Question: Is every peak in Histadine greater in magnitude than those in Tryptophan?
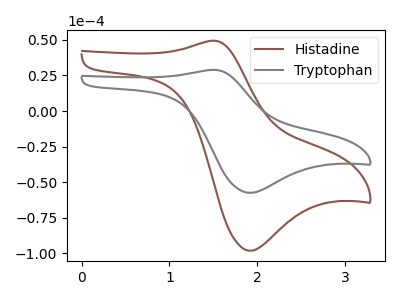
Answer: <think>The brown curve "Histadine" has an anodic peak at (1.50V, 49.40uA) and a cathodic peak at (1.90V, -98.15uA). The gray curve "Tryptophan" has an anodic peak at (1.50V, 28.90uA) and a cathodic peak at (1.90V, -57.50uA).</think>
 <answer>Every peak in "Histadine" is higher than every peak in "Tryptophan".</answer>
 <eval>higher</eval>